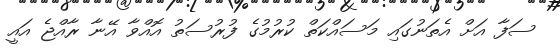
ސަފާ އަށް އެތަނުގައި މަސައްކަތް ކުރުމުގެ ފުރުސަތު އޮއްވާ އޭނާ ރާއްޖެ އައީ